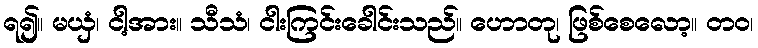
ရ၍။ မယှံ၊ ငါ့အား။ သီသံ၊ ငါးကြင်းခေါင်းသည်။ ဟောတု၊ ဖြစ်စေလော့။ တဝ၊